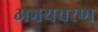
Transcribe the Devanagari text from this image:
अभयचरण